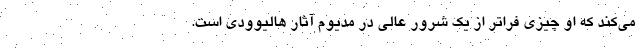
می‌کند که او چیزی فراتر از یک شرور عالی در مدیوم آثار هالیوودی است.